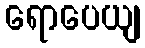
ရောပေယျ